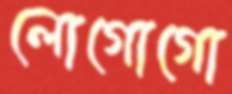
লোগোগো